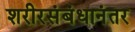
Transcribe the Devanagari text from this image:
शरीरसंबंधानंतर